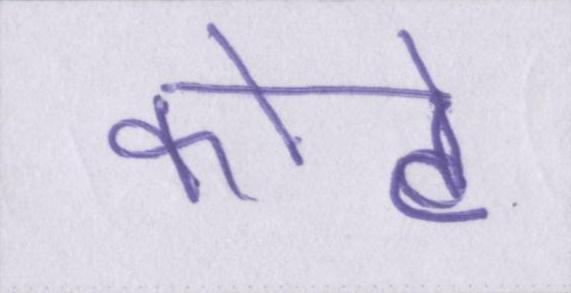
कोटे